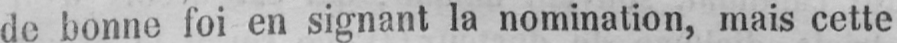
de bonne foi en signant la nomination, mais cette